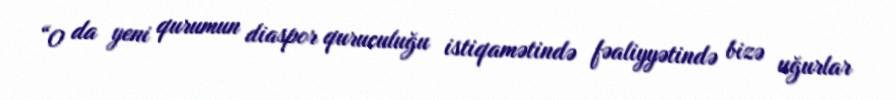
“O da yeni qurumun diaspor quruculuğu istiqamətində fəaliyyətində bizə uğurlar